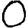
Digit: 0